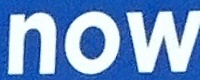
now